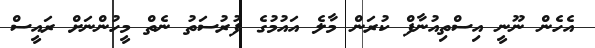
އެހެން ނޫނީ އިސްތިއުނާފް ކުރަން މާލެ އައުމުގެ ފުރުސަތު ނެތް މީހުންނަށް ރައީސް